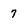
Character: 7